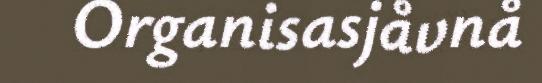
Organisasjåvnå